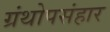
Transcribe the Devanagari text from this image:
ग्रंथोपसंहार